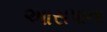
આસપાના